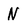
Character: N